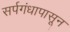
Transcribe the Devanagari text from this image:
सर्पगंधापासून